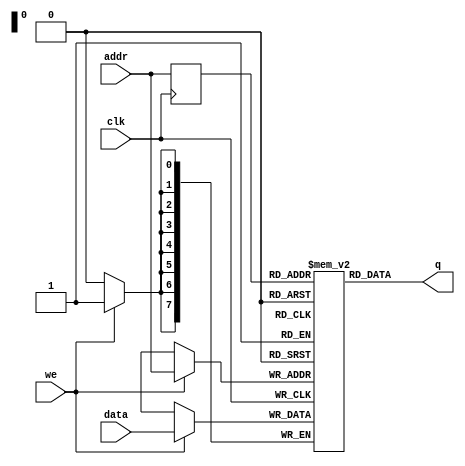
// Quartus II Verilog Template
// Single port RAM with single read/write address 

module single_port_ram 
#(parameter DATA_WIDTH=8, parameter ADDR_WIDTH=8)
(
	input [(DATA_WIDTH-1):0] data,
	input [(ADDR_WIDTH-1):0] addr,
	input we, clk,
	output [(DATA_WIDTH-1):0] q
);

	// Declare the RAM variable
	reg [DATA_WIDTH-1:0] ram[2**ADDR_WIDTH-1:0];//'{default:'0};

	// Variable to hold the registered read address
	reg [ADDR_WIDTH-1:0] addr_reg;
	
	// Specify the initial contents.  You can also use the $readmemb
	// system task to initialize the RAM variable from a text file.
	// See the $readmemb template page for details.
	initial 
	begin : INIT
		integer i;
		for(i = 0; i < 2**ADDR_WIDTH; i = i + 1)
			ram[i] = {DATA_WIDTH{1'b1}};
	end 

	always @ (posedge clk)
	begin
		// Write
		if (we)
			ram[addr] <= data;

		addr_reg <= addr;
	end

	// Continuous assignment implies read returns NEW data.
	// This is the natural behavior of the TriMatrix memory
	// blocks in Single Port mode.  
	assign q = ram[addr_reg];

endmodule

/*module single_port_ram
(
	input [7:0] data,
	input [7:0] addr,
	input we, clk,
	output [7:0] q
);

	// Declare the RAM variable
	reg [7:0] ram[255:0];
	
	// Variable to hold the registered read address
	reg [7:0] addr_reg;
	
	always @ (posedge clk)
	begin
	// Write
		if (we)
			ram[addr] <= data;
		
		addr_reg <= addr;
		
	end
		
	// Continuous assignment implies read returns NEW data.
	// This is the natural behavior of the TriMatrix memory
	// blocks in Single Port mode.  
	assign q = ram[addr_reg];
	
endmodule */